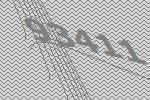
93411